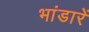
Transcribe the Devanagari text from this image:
भांडारें